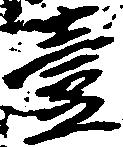
壱